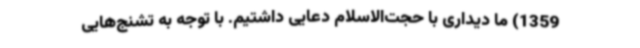
1359) ما دیداری با حجت‌الاسلام دعایی داشتیم. با توجه به تشنج‌هایی